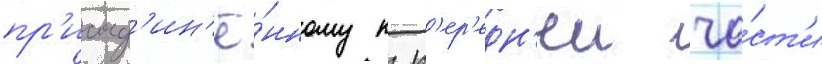
пр'исоед'ин'ё́нному к п'ер'едн'еи ча́ст'и